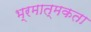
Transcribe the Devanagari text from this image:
भ्रमात्मकता